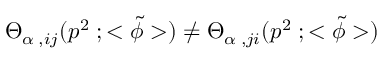
{ \Theta } _ { { \alpha } \; , i j } ( p ^ { 2 } \; ; < { \tilde { \phi } } > ) \neq { \Theta } _ { { \alpha } \; , j i } ( p ^ { 2 } \; ; < { \tilde { \phi } } > )